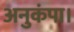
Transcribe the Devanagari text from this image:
अनुकंपा।